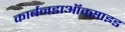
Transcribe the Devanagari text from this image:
कार्बनडाऑक्साइड